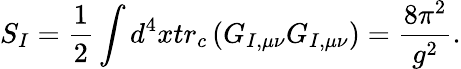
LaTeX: S_{I}=\frac{1}{2}\int d^{4}xtr_{c}\left(G_{I,\mu\nu}G_{I,\mu\nu}\right)=\frac{8\pi^{2}}{g^{2}}.